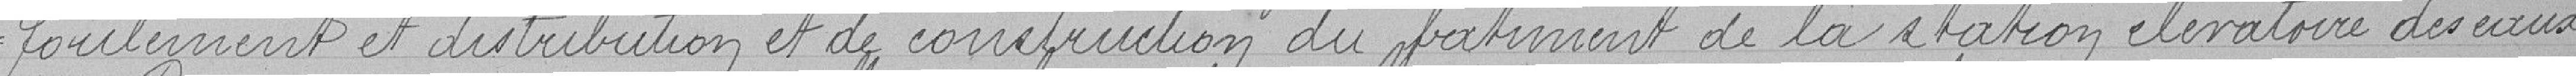
foulement et distribution et de construction du bâtiment de la station élévatoire des eaux,